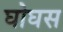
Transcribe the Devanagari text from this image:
घोघस